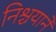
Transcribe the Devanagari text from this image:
निश्चयानें